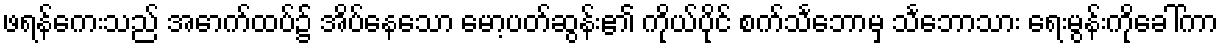
ဖရန်ကေးသည် အောက်ထပ်၌ အိပ်နေသော မော့ပတ်ဆွန်း၏ ကိုယ်ပိုင် စက်သင်္ဘောမှ သင်္ဘောသား ရေးမွန်းကိုခေါ်ကာ